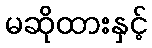
မဆိုထားနှင့်